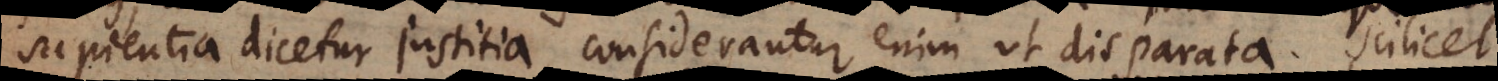
sapientia dicetur justitia, considerantur enim ut disparata. Scilicet